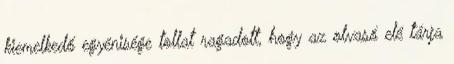
kiemelkedő egyénisége tollat ragadott, hogy az olvasó elé tárja